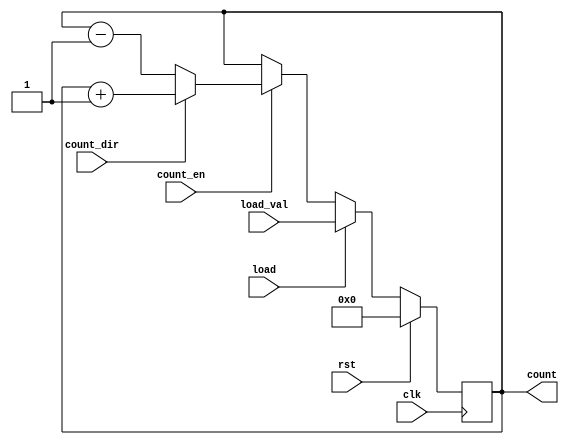
module sync_load_counter (
    input wire clk,            // Clock input
    input wire rst,            // Synchronous reset
    input wire load,           // Load control signal
    input wire [7:0] load_val, // Value to load into the counter
    input wire count_en,       // Count enable signal
    input wire count_dir,      // Count direction: 1 for up, 0 for down
    output reg [7:0] count     // Current count value
);

    // Synchronous reset and loading logic
    always @(posedge clk) begin
        if (rst) begin
            count <= 8'b0; // Reset counter to 0
        end else if (load) begin
            count <= load_val; // Load new value into counter
        end else if (count_en) begin
            if (count_dir) begin
                count <= count + 1; // Increment count
            end else begin
                count <= count - 1; // Decrement count
            end
        end
        // If count_en is not asserted, the counter holds its current value
    end

endmodule